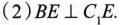
(2)BE⊥C_{1}E。